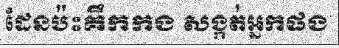
ដែនប៉ះគឹកកង សង្កត់អ្នកផង